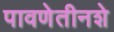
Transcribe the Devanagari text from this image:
पावणेतीनशे